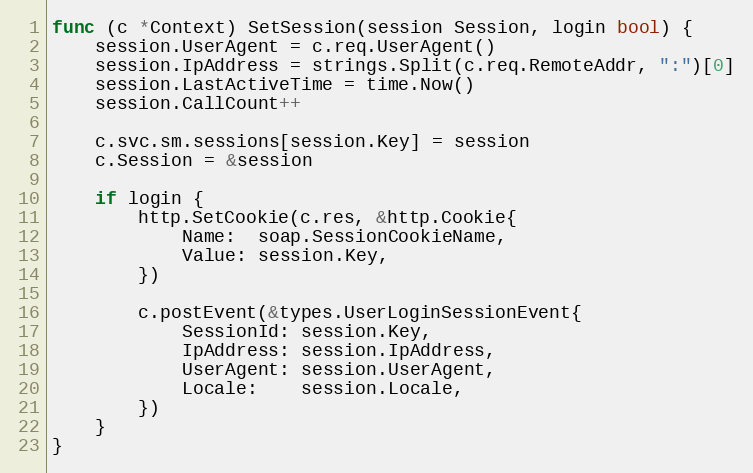
Language: Go
func (c *Context) SetSession(session Session, login bool) {
	session.UserAgent = c.req.UserAgent()
	session.IpAddress = strings.Split(c.req.RemoteAddr, ":")[0]
	session.LastActiveTime = time.Now()
	session.CallCount++

	c.svc.sm.sessions[session.Key] = session
	c.Session = &session

	if login {
		http.SetCookie(c.res, &http.Cookie{
			Name:  soap.SessionCookieName,
			Value: session.Key,
		})

		c.postEvent(&types.UserLoginSessionEvent{
			SessionId: session.Key,
			IpAddress: session.IpAddress,
			UserAgent: session.UserAgent,
			Locale:    session.Locale,
		})
	}
}